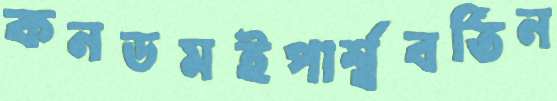
কনডমইপার্শ্ববর্তিন